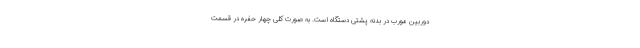
دوربین مورب در بدنه پشتی دستگاه است. به صورت کلی چهار حفره در قسمت